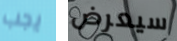
يجب سيعرض